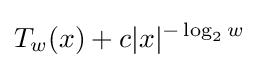
T_{w}(x)+c|x|^{-\log _{2}w}